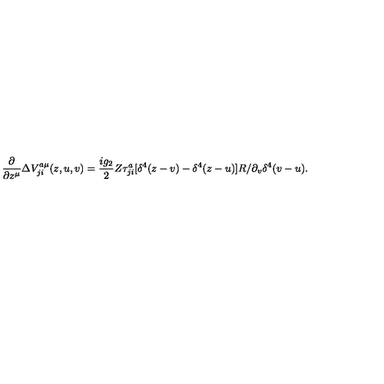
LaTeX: \frac { \partial } { \partial z ^ { \mu } } \Delta V _ { j i } ^ { a \mu } ( z , u , v ) = \frac { i g _ { 2 } } { 2 } Z \tau _ { j i } ^ { a } [ \delta ^ { 4 } ( z - v ) - \delta ^ { 4 } ( z - u ) ] R / \partial _ { v } \delta ^ { 4 } ( v - u ) .